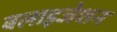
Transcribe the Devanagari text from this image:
बलाइजेशन